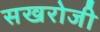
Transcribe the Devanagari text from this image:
सखरोजी